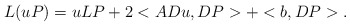
\begin{align*}L(uP)= u LP + 2 <A Du,DP> + <b,DP>.\end{align*}